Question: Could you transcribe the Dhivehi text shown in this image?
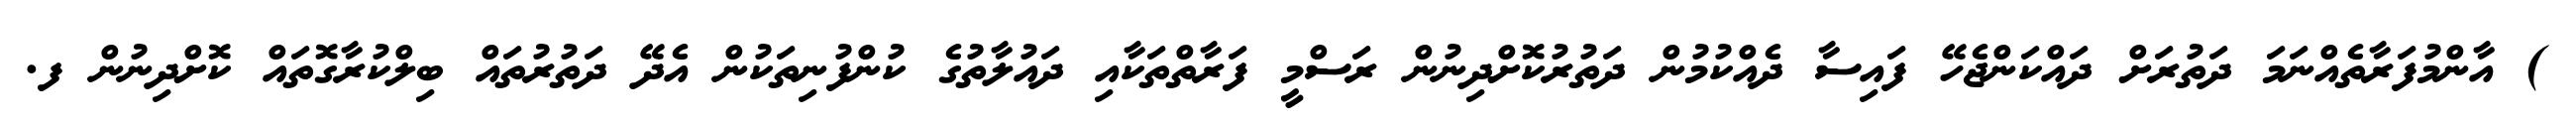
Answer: ) އާންމުފަރާތެއްނަމަ ދަތުރަށް ދައްކަންޖެހޭ ފައިސާ ދެއްކުމުން ދަތުރުކޮށްދިނުން ރަސްމީ ފަރާތްތަކާއި ދައުލާތުގެ ކުންފުނިތަކުން އެދޭ ދަތުރުތައް ބިލްކުރާގޮތައް ކޮށްދިނުން ފ.